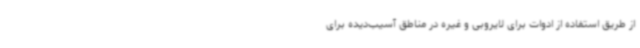
از طریق استفاده از ادوات برای لایروبی و غیره در مناطق آسیب‌دیده برای